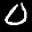
Label: 0